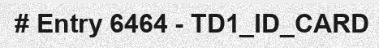
# Entry 6464 - TD1_ID_CARD